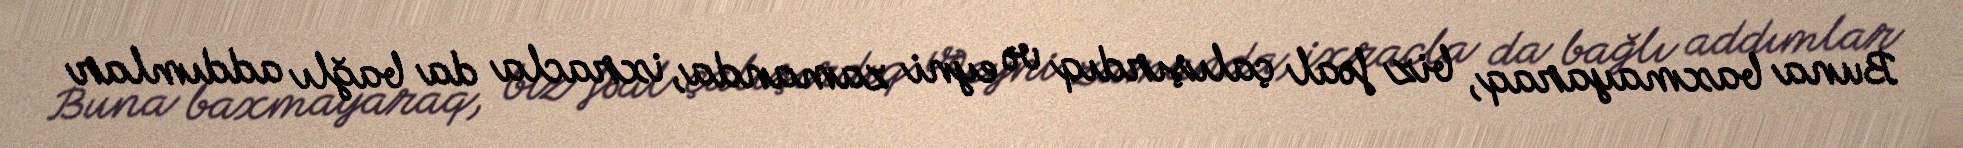
Buna baxmayaraq, biz fəal çalışırdıq və eyni zamanda, ixracla da bağlı addımlar